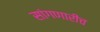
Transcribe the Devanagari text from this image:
सांगणारीच